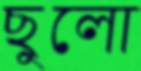
ছুলো